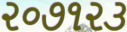
૨૦૭૧૨૩